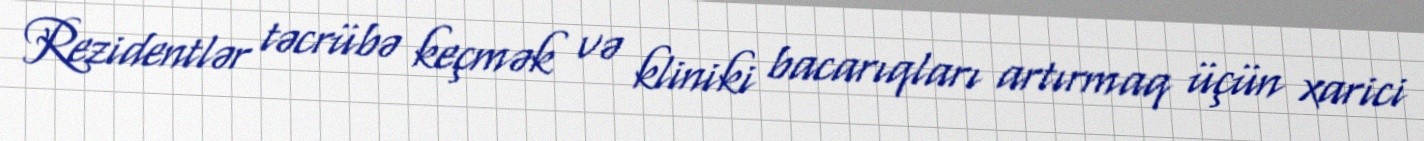
Rezidentlər təcrübə keçmək və kliniki bacarıqları artırmaq üçün xarici